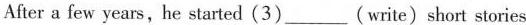
After a few years,he started (3)___(write)short stories